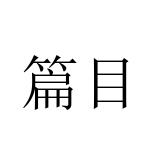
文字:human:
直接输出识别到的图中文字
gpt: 篇目